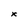
Character: x